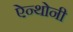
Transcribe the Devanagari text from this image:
ऐन्थोनी